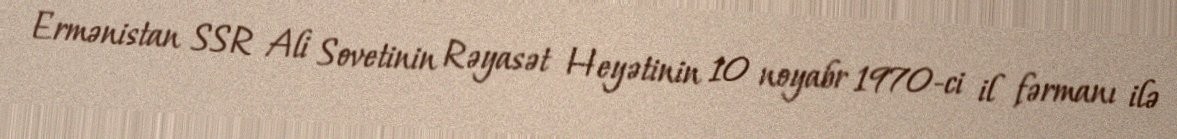
Ermənistan SSR Ali Sovetinin Rəyasət Heyətinin 10 noyabr 1970-ci il fərmanı ilə